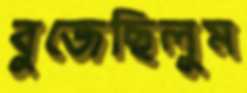
বুজেছিলুম